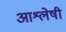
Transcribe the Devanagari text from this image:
आश्लेषी